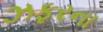
ઝફરના